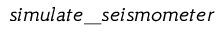
s i m u l a t e \_ s e i s m o m e t e r